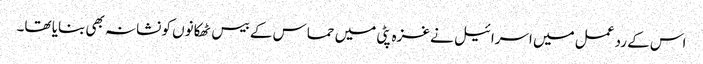
اس کے رد عمل میں اسرائیل نے غزہ پٹی میں حماس کے بیس ٹھکانوں کو نشانہ بھی بنایا تھا۔